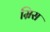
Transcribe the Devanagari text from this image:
म्रिस